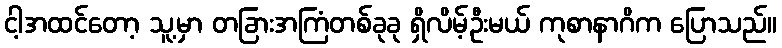
ငါ့အထင်တော့ သူ့မှာ တခြားအကြံတစ်ခုခု ရှိလိမ့်ဦးမယ် ကုစာနာဂိက ပြောသည်။